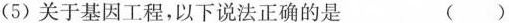
(5)关于基因工程，以下说法正确的是 ( )